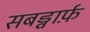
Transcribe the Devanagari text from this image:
सबड्वार्फ़